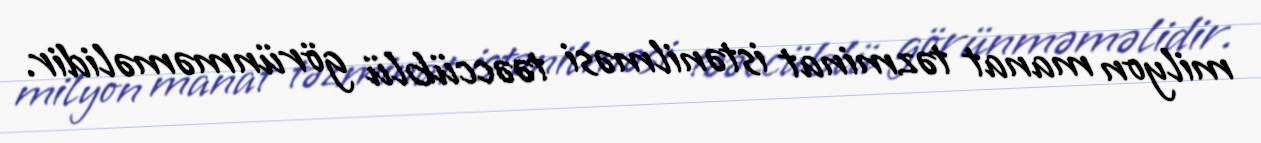
milyon manat təzminat istənilməsi təəccüblü görünməməlidir.